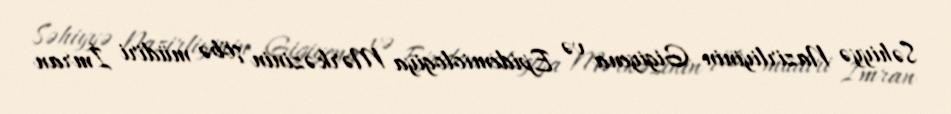
Səhiyyə Nazirliyinin Gigiyena və Epidemiologiya Mərkəzinin şöbə müdiri İmran